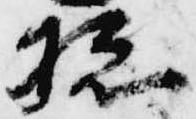
聡